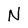
Character: N